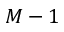
M - 1